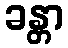
ခန္တာ